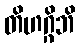
တိဟဂ္ဂိဘိ